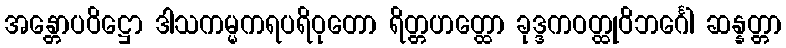
အန္တောပဝိဋ္ဌော ဒါသကမ္မကရပရိဝုတော ရိတ္တဟတ္ထော ခုဒ္ဒကဝတ္ထုဝိဘင်္ဂေါ ဆန္နတ္တာ